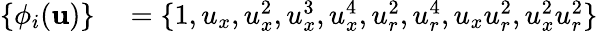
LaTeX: \begin{array}{rl}{\{ \phi_{i}(\mathbf{u})\} }&{{}=\{ 1,u_{x},u_{x}^{2},u_{x}^{3},u_{x}^{4},u_{r}^{2},u_{r}^{4},u_{x}u_{r}^{2},u_{x}^{2}u_{r}^{2}\} }\end{array}